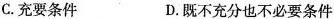
C.充要条件 D.既不充分也不必要条件